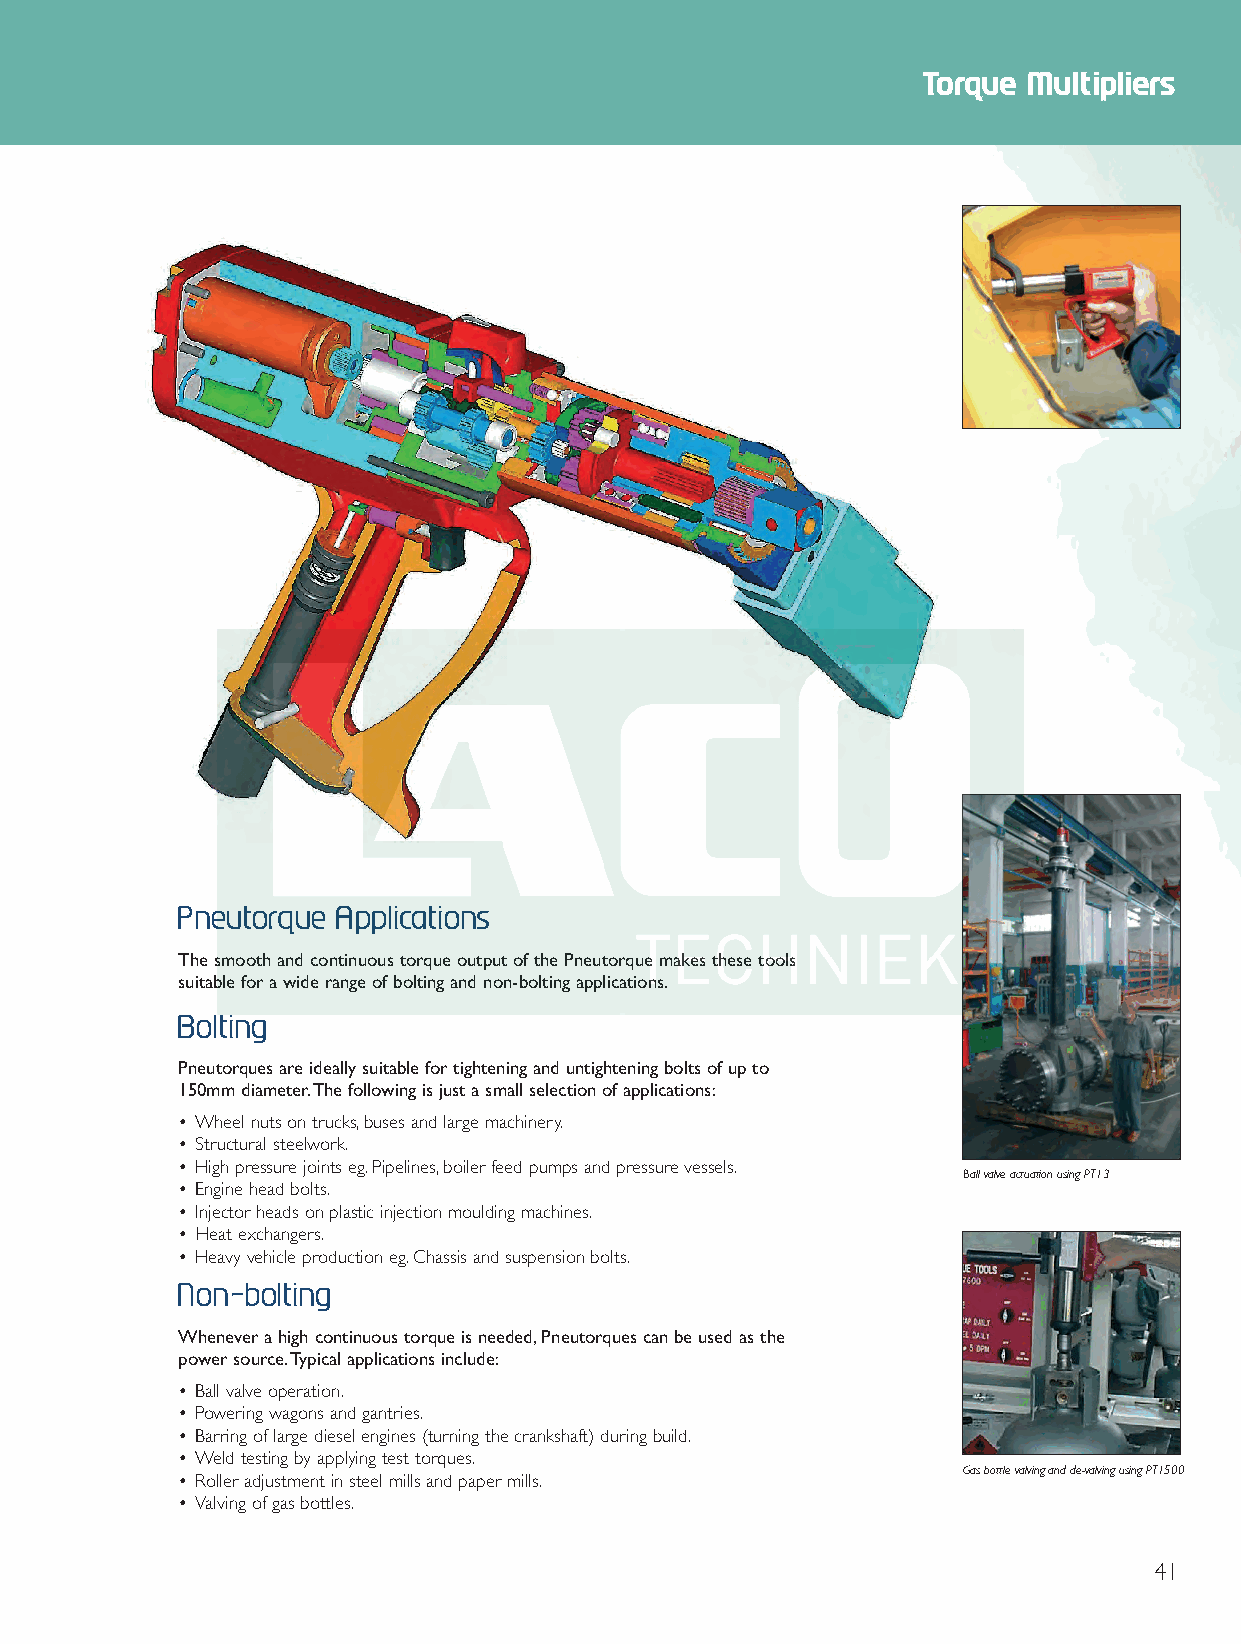
Middle 2012 Q6.qxd 30/10/12 9:27 am Page 39
 Torque Multipliers
 Pneutorque Applications
 The smooth and continuous torque output of the Pneutorque makes these tools
 suitable for a wide range of bolting and non-bolting applications.
 Bolting
 Pneutorques are ideally suitable for tightening and untightening bolts of up to
 150mm diameter.The following is just a small selection of applications:
 • Wheel nuts on trucks,buses and large machinery.
 • Structural steelwork.
 • High pressure joints eg.Pipelines,boiler feed pumps and pressure vessels.
 Ball valve actuation using PT13
 • Engine head bolts.
 • Injector heads on plastic injection moulding machines.
 • Heat exchangers.
 • Heavy vehicle production eg.Chassis and suspension bolts.
 Non-bolting
 Whenever a high continuous torque is needed,Pneutorques can be used as the
 power source.Typical applications include:
 • Ball valve operation.
 • Powering wagons and gantries.
 • Barring of large diesel engines (turning the crankshaft) during build.
 • Weld testing by applying test torques.
 Gas bottle valving and de-valving using PT1500
 • Roller adjustment in steel mills and paper mills.
 • Valving of gas bottles.
 41